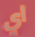
أي